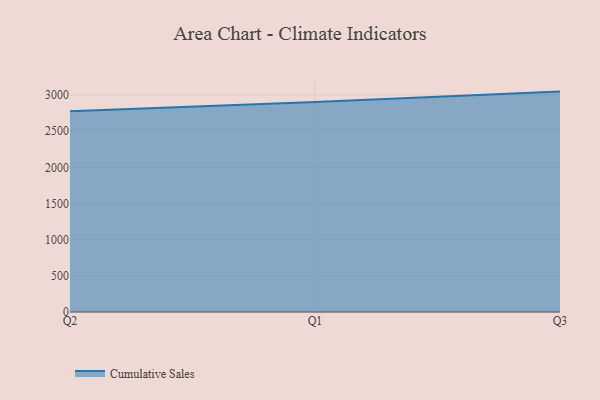
{"axis": {"x": "Quarter", "y": "Page Views"}, "legend": ["Cumulative Sales"], "data": [{"x": "Q2", "y": 2775.2, "type": "Cumulative Sales"}, {"x": "Q1", "y": 2903.5, "type": "Cumulative Sales"}, {"x": "Q3", "y": 3047.2, "type": "Cumulative Sales"}]}